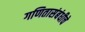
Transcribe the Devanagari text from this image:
गणितासंबंधीचे